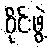
ဝိုင်းဖွဲ့